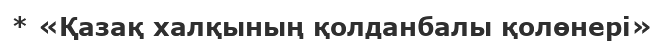
* «Қазақ халқының қолданбалы қолөнері»